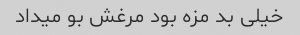
خیلی بد مزه بود مرغش بو میداد